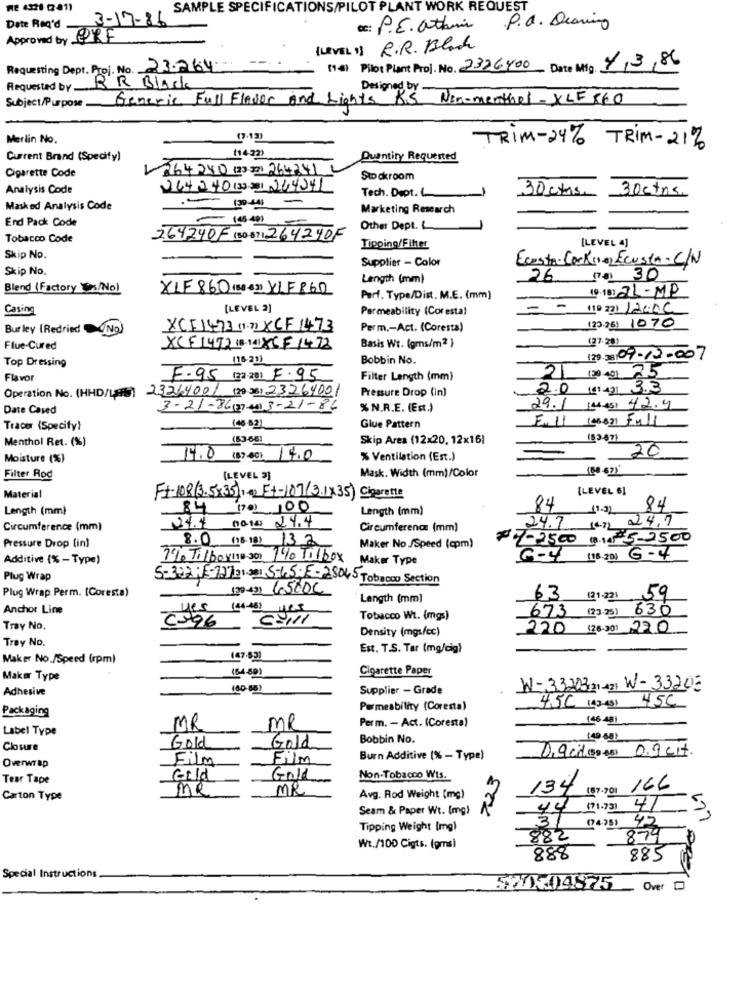
SAMPLE SPECIFICATIONS/PILOT PLANT WORK REQUEST
3-17-86
Date Req'd
cc: P.E. athin .P.A. Dearing
Approved by ERF
(LEVEL 1) R.R. Black
--.
Requesting Dept. Proj. No. 23.264-
[14] Pilot Plant Proj. No. 2326400 Date Mig. 7/3/86
Requested by_
RR Black
Designed by.
Subject/Purpose.
Generic Full Flavor and Lights RS Nin-menthel - XLF 860
Merlin No.
(7 .13)
TRIM-24% TRIM- 21%
Current Brand (Specify)
(1423)
Quantity Requested
Cigarette Code
1364280 (33.20 264241 2
Stockroom
Analysis Code
244240130 21 244341
Tech. Dept. ..
30ctns.
30 cms.
Masked Analysis Code
-
-190-441
Marketing Research
End Pack Code
- 148-401
Other Dept. L
Tobacco Code
264240F (30-6) 264240F
[LEVEL 4]
Tipping/Fitter
Skip No.
Supplier - Color
Ecusta- Lock( e) Ecusta.C/N
Skip No.
Length (mm)
26 (74) 30
Blend (Factory /No)
XLF 860 (3 4) YLF 860
10- 10] 21-MP
Perf. Type/Dist. M.E. (mm)
Casing
[LEVEL 2]
Permeability (Corestal
- -
Bur ley (Redried
No
XCF1473 (2)XCF 1473
Perm ,- Act. (Coresta)
(23.25) 1070
Flue-Cured
XCF 1492 (8-14) X6F1478
Basis Wt. (gms/m2 }
Top Dressing
(16-21)
Bobbin No.
(29) 33 09-12-007
120 401 25
Flavor
F.95 (22.20) F.95
Filter Length (mm)
21
Operation No. (HHD/L#5) 23264001 (2) 25) 23269001
Pressure Drop (in)
2.0 (£1421 3.3
Date Cased
3-21-86(37 00)3-21-86
% N.R.E. (Est.)
29.1 (4-45) 42.4
F.11 (46821 Full
Tracer (Specify)
(46-83]
Glue Pattern
Menthol Ret. (%)
(53-66]
Skip Area (12x20, 12x16)
20
Moisture (%)
14.0 (8740) 14.0
% Ventilation (Est.)
16667)
Filter Rod
[LEVEL 2)
Mask. Width (mm)/Color
(LEVEL 5]
Material
F+-108(3.5x35) : - ) Et-107(3.1x35) Cigarette
Length (mm)
84 (70) 100
Length (mm)
84
11.3)
84
-
24.4
24.7
Circumference (mm)
0010 24.4
Circumference (mm)
24.7
Pressure Drop (in)
8.0 (18.18) 13.2
07-2500 (14) 5-
$5.2500
Maker No./Speed (cpm)
Additive (% - Type)
7% Tilba y 11e 300 140 Til/box
Maker Type
G-4 (18.20) G-4
Plug Wrap
5-302 :5-12731.0 5-65; E-28045 Tobacco Section
Plug Wrap Perm. (Coresta)
(20 43) 65000
Length (mm)
63
(21-221 59
Anchor Line
673 (23.25) 630
57/11
Tobacco Wt. (mgs)
Tray No.
Density (mgs/cc)
220 (26:301 220
Tray No.
Est. T.S. Tar (mg/cig}
Maker No./Speed (rpm)
147.53)
(64-69)
Cigarette Paper
Maker Type
Adhesive
(80-08)
Supplier - Grade
W-33203,21-421 W-33205
4,5C (43-45) 45C
Packaging
Permeability (Coresta)
Perm. - Act. (Coresta)
(46 48)
Label Type
MR
MR
Gold
Gold
Bobbin No.
(49 68)
Closure
D.9 cit (5000) D.9 cit.
Film
Film
Burn Additive (% - Type)
Overwrap
723
Tear Tape
Gold
Gold
Non-Tobacco Wts.
me
MR
134
(87-901 166
Carton Type
Avg. Rod Weight (mg)
Seam & Paper Wt. (mg)
44 (71.73) 4123
37
(74)5) 42
Tipping Weight (mg)
882
874
Wt./100 Cigts. (gms)
888
885
Special Instructions
57XXX04875
Over 0